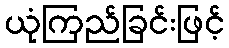
ယုံကြည်ခြင်းဖြင့်